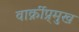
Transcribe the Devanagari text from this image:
वार्क्रीप्र्मुख